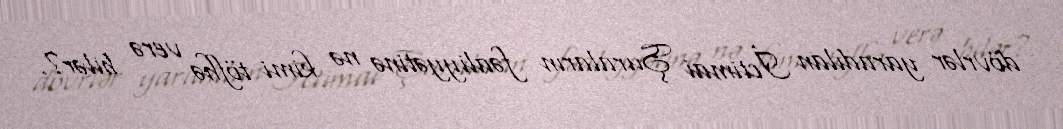
dövrlər yaradılan İctimai Şuraların fəaliyyətinə nə kimi töfhə verə bilər?.